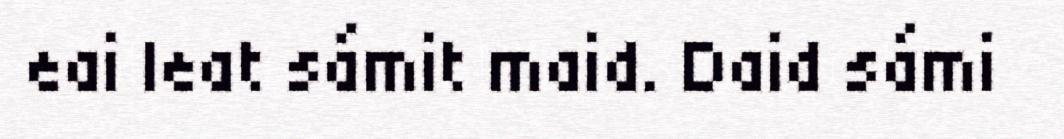
eai leat sámit maid. Daid sámi